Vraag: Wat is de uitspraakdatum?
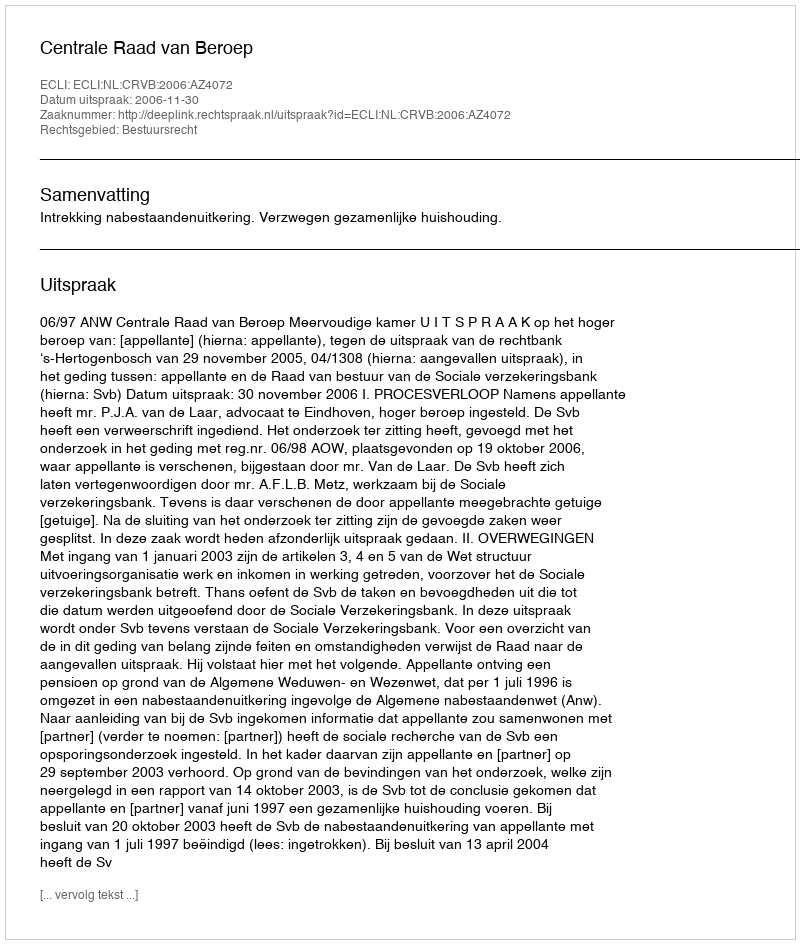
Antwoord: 2006-11-30